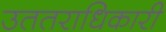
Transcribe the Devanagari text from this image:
उततराधिकारी